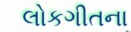
લોકગીતના